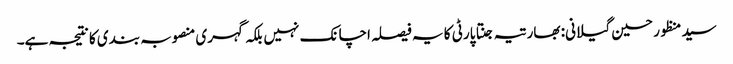
سید منظور حسین گیلانی: بھارتیہ جنتا پارٹی کا یہ فیصلہ اچانک نہیں بلکہ گہری منصوبہ بندی کا نتیجہ ہے۔